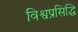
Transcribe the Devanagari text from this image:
विश्वप्रसिद्धि